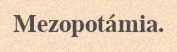
Mezopotámia.